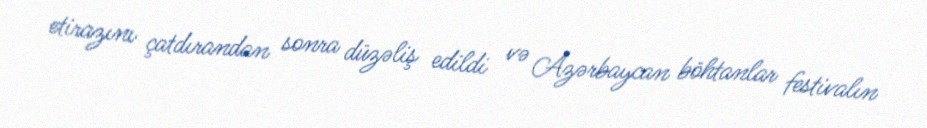
etirazını çatdırandan sonra düzəliş edildi və Azərbaycan böhtanlar festivalın